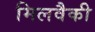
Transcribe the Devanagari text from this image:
मिलवैकी